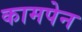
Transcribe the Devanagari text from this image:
कामपेन